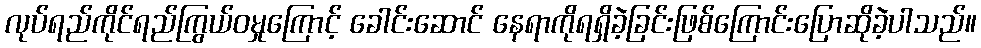
လုပ်ရည်ကိုင်ရည်ကြွယ်ဝမှုကြောင့် ခေါင်းဆောင် နေရာကိုရရှိခဲ့ခြင်းဖြစ်ကြောင်းပြောဆိုခဲ့ပါသည်။